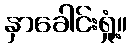
နှာခေါင်းရှုံ့။